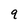
Character: q